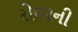
રોવરની